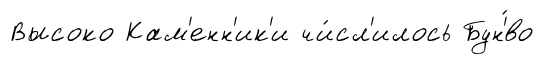
Высоко Кам'енн'ик'и чи́сл'илось Бун'́во